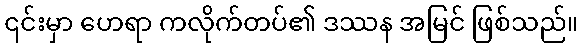
၎င်းမှာ ဟေရာ ကလိုက်တပ်၏ ဒဿန အမြင် ဖြစ်သည်။